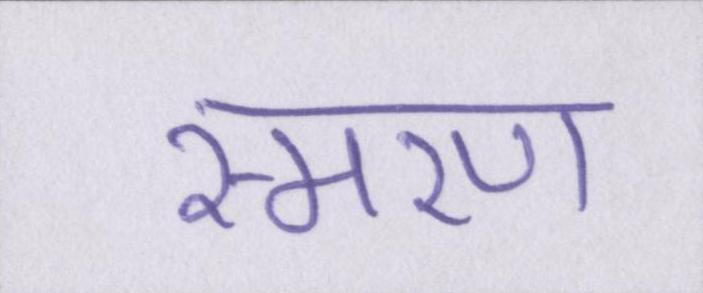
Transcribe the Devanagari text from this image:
स्मरण